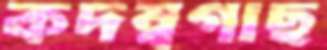
কদম্বগাছ